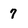
Character: 7